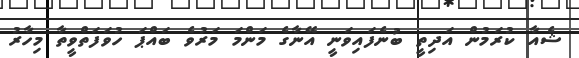
ޝެއާ ކުރަމުން އަދިތީ ބުނެފައިވަނީ އޭނާގެ މަންމަ މަރުވެ ބައްޕަ ހުވަފަތްވީތާ މިހާރު